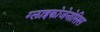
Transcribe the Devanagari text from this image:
ग्लाइकोजेनोसिस